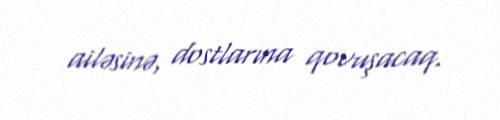
ailəsinə, dostlarına qovuşacaq.